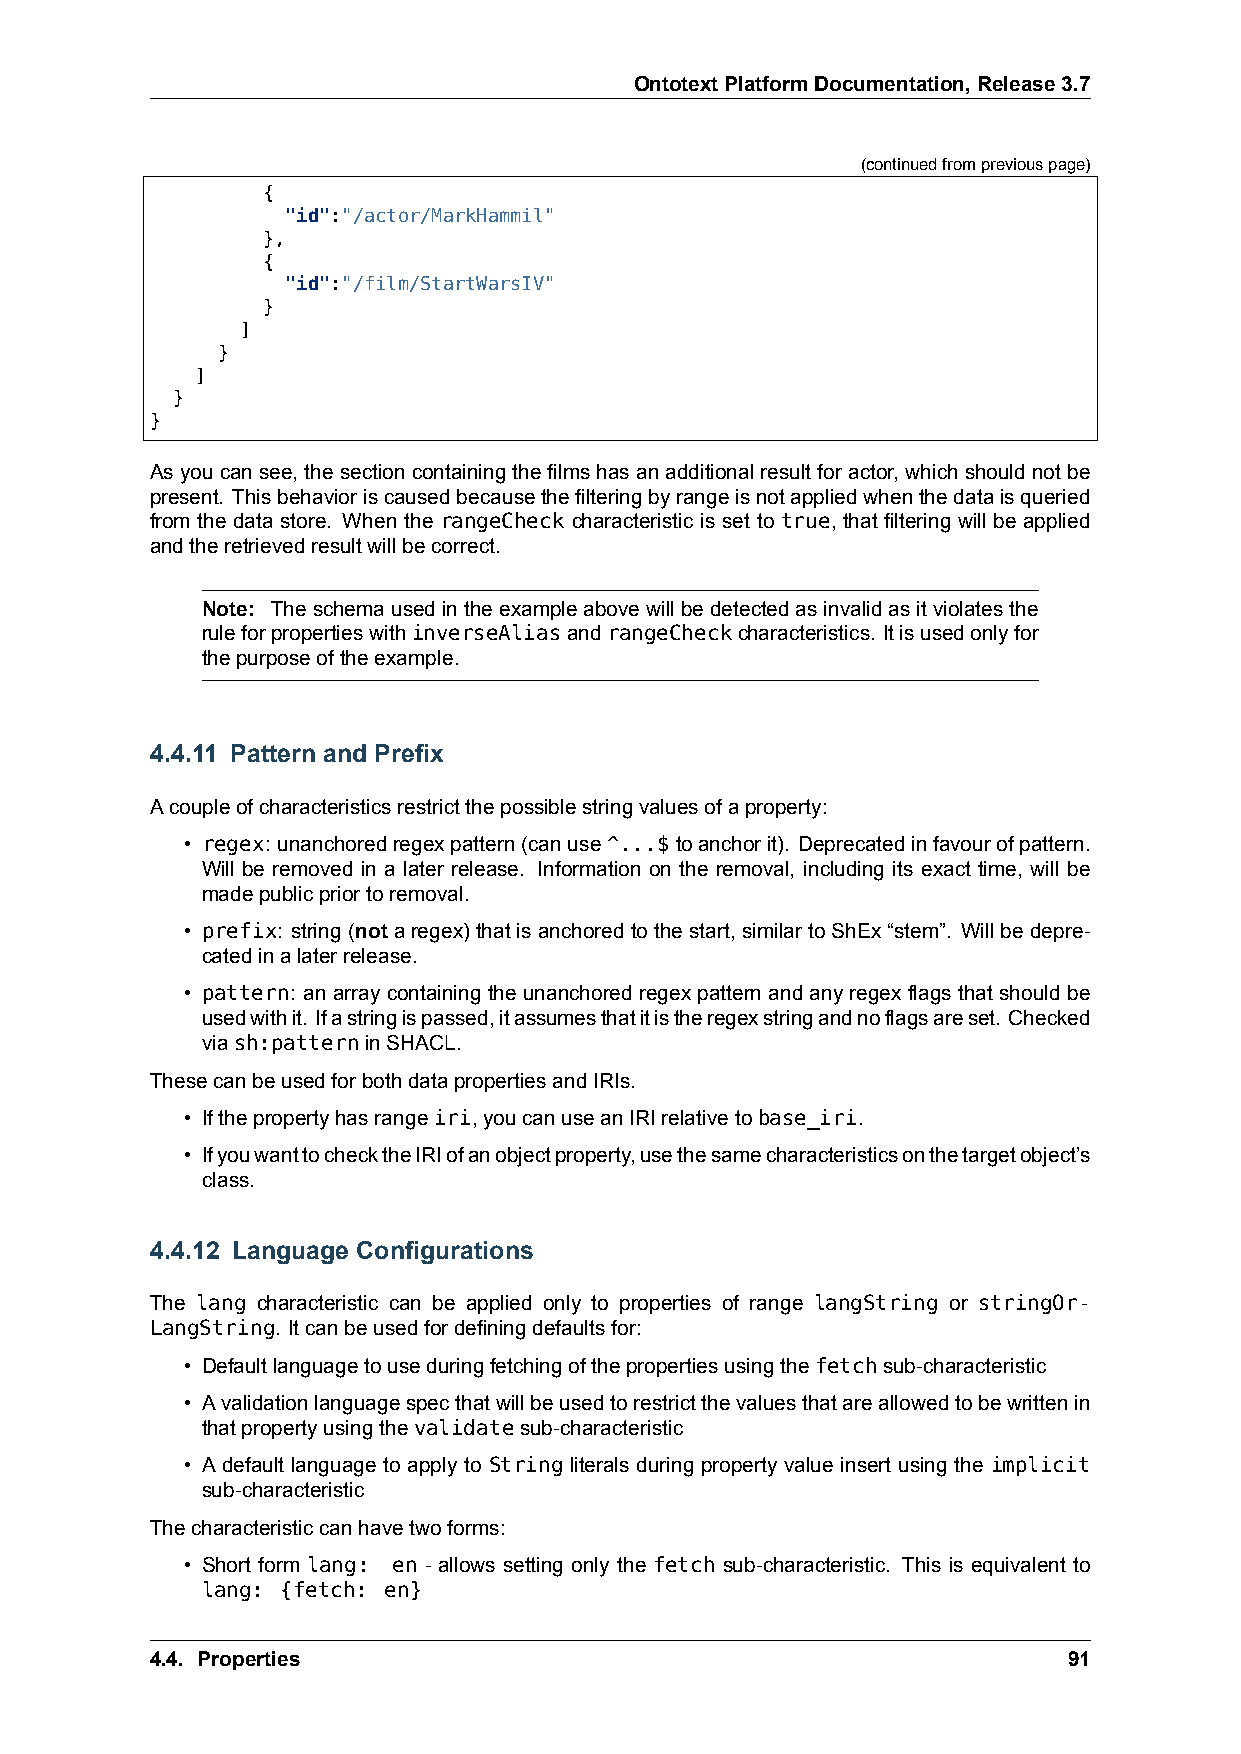
OntotextPlatformDocumentation,Release3.7
 (continuedfrompreviouspage)
 {
 "id":"/actor/MarkHammil"
 },
 {
 "id":"/film/StartWarsIV"
 }
 ]
 }
 ]
 }
 }
 Asyoucansee, thesectioncontainingthefilmshasanadditionalresultforactor, whichshouldnotbe
 present. Thisbehavioriscausedbecausethefilteringbyrangeisnotappliedwhenthedataisqueried
 from the data store. When the rangeCheck characteristic is set to true, that filtering will be applied
 andtheretrievedresultwillbecorrect.
 Note: Theschemausedintheexampleabovewillbedetectedasinvalidasitviolatesthe
 ruleforpropertieswithinverseAliasandrangeCheckcharacteristics. Itisusedonlyfor
 thepurposeoftheexample.
 4.4.11 Pattern and Prefix
 Acoupleofcharacteristicsrestrictthepossiblestringvaluesofaproperty:
 • regex: unanchoredregexpattern(canuse^...$toanchorit). Deprecatedinfavourofpattern.
 Will be removed in a later release. Information on the removal, including its exact time, will be
 madepublicpriortoremoval.
 • prefix: string(notaregex)thatisanchoredtothestart, similartoShEx“stem”. Willbedepre-
 catedinalaterrelease.
 • pattern: an array containing the unanchored regex pattern and any regex flags that should be
 usedwithit. Ifastringispassed,itassumesthatitistheregexstringandnoflagsareset. Checked
 viash:patterninSHACL.
 ThesecanbeusedforbothdatapropertiesandIRIs.
 • Ifthepropertyhasrangeiri,youcanuseanIRIrelativetobase_iri.
 • IfyouwanttochecktheIRIofanobjectproperty,usethesamecharacteristicsonthetargetobject’s
 class.
 4.4.12 Language Configurations
 The lang characteristic can be applied only to properties of range langString or stringOr-
 LangString. Itcanbeusedfordefiningdefaultsfor:
 • Defaultlanguagetouseduringfetchingofthepropertiesusingthefetchsub-characteristic
 • Avalidationlanguagespecthatwillbeusedtorestrictthevaluesthatareallowedtobewrittenin
 thatpropertyusingthevalidatesub-characteristic
 • A default language to apply to String literals during property value insert using the implicit
 sub-characteristic
 Thecharacteristiccanhavetwoforms:
 • Short form lang: en - allows setting only the fetch sub-characteristic. This is equivalent to
 lang: {fetch: en}
 4.4. Properties                                              91